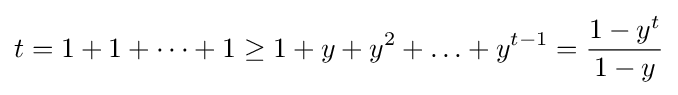
t=1+1+\dots +1\geq 1+y+y^{2}+\ldots +y^{t-1}={\frac {1-y^{t}}{1-y}}